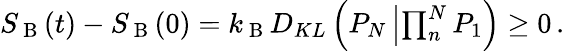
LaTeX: \begin{array}{r}{S_{\mathrm{~B~}}(t)-S_{\mathrm{~B~}}(0)=k_{\mathrm{~B~}}D_{KL}\left(P_{N}\left|\prod_{n}^{N}P_{1}\right.\right)\geq 0\, .}\end{array}